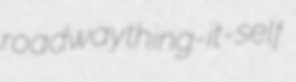
roadway thing-it-self